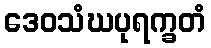
ဒေဝသံဃပုရက္ခတံ